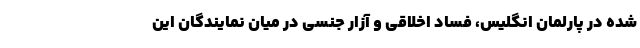
شده در پارلمان انگلیس، فساد اخلاقی و آزار جنسی در میان نمایندگان این